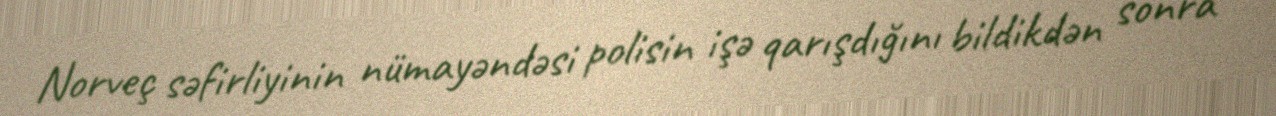
Norveç səfirliyinin nümayəndəsi polisin işə qarışdığını bildikdən sonra